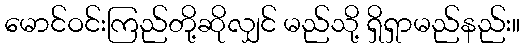
မောင်ဝင်းကြည်တို့ဆိုလျှင် မည်သို့ ရှိရှာမည်နည်း။